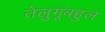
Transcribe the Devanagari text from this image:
तेलुगूबहुल